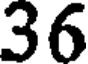
36